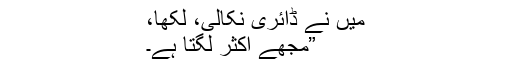
میں نے ڈائری نکالی، لکھا،
”مجھے اکثر لگتا ہے۔